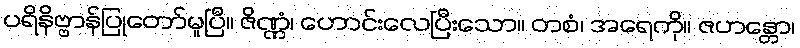
ပရိနိဗ္ဗာန်ပြုတော်မူပြီ။ ဇိဏ္ဏံ၊ ဟောင်းလေပြီးသော။ တစံ၊ အရေကို။ ဇဟန္တော၊